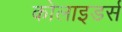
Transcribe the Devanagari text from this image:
कोलाइडर्स